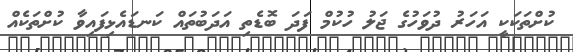
ކުށްތަކަކީ އަހަރު ދުވަހުގެ ޖަލު ހުކުމް ފަދަ ބޮޑެތި އަދަބުތައް ކަނޑައެޅިފައިވާ ކުށްތަކެއް